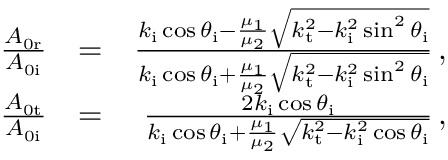
\begin{array} { r l r } { \frac { A _ { \mathrm { 0 r } } } { A _ { \mathrm { 0 i } } } } & { = } & { \frac { k _ { \mathrm { i } } \cos \theta _ { \mathrm { i } } - \frac { \mu _ { 1 } } { \mu _ { 2 } } \sqrt { k _ { \mathrm { t } } ^ { 2 } - k _ { \mathrm { i } } ^ { 2 } \sin ^ { 2 } \theta _ { \mathrm { i } } } } { k _ { \mathrm { i } } \cos \theta _ { \mathrm { i } } + \frac { \mu _ { 1 } } { \mu _ { 2 } } \sqrt { k _ { \mathrm { t } } ^ { 2 } - k _ { \mathrm { i } } ^ { 2 } \sin ^ { 2 } \theta _ { \mathrm { i } } } } \, , } \\ { \frac { A _ { \mathrm { 0 t } } } { A _ { \mathrm { 0 i } } } } & { = } & { \frac { 2 k _ { \mathrm { i } } \cos \theta _ { \mathrm { i } } } { k _ { \mathrm { i } } \cos \theta _ { \mathrm { i } } + \frac { \mu _ { 1 } } { \mu _ { 2 } } \sqrt { k _ { \mathrm { t } } ^ { 2 } - k _ { \mathrm { i } } ^ { 2 } \cos \theta _ { \mathrm { i } } } } \, , } \end{array}